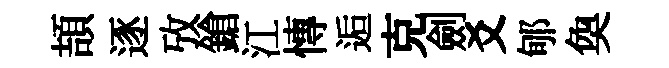
頡逐攷鎗江慱逅克劍爻郇奐